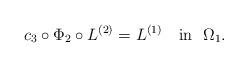
LaTeX: \begin{align*} c_3\circ \Phi_2\circ L^{(2)}=L^{(1)}\ \ \ \mbox{in}\ \ \Omega_1. \end{align*}